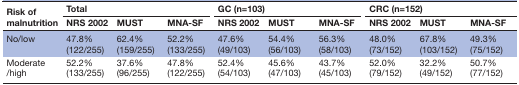
| <ROWSPAN=2> Risk of malnutrition | <COLSPAN=3> Total | <COLSPAN=3> GC (n=103) | <COLSPAN=3> CRC (n=152) |
 | NRS 2002 | MUST | MNA-SF | NRS 2002 | MUST | MNA-SF | NRS 2002 | MUST | MNA-SF |
 | --- | --- | --- | --- | --- | --- | --- | --- | --- | --- |
 | No/low | 47.8% (122/255) | 62.4% (159/255) | 52.2% (133/255) | 47.6% (49/103) | 54.4% (56/103) | 56.3% (58/103) | 48.0% (73/152) | 67.8% (103/152) | 49.3% (75/152) |
 | Moderate /high | 52.2% (133/255) | 37.6% (96/255) | 47.8% (122/255) | 52.4% (54/103) | 45.6% (47/103) | 43.7% (45/103) | 52.0% (79/152) | 32.2% (49/152) | 50.7% (77/152) |